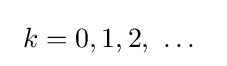
~k=0,1,2,\ \ldots \ ~